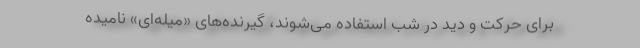
برای حرکت و دید در شب استفاده می‌شوند، گیرنده‌های «میله‌ای» نامیده